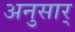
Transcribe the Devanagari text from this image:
अनुसार्